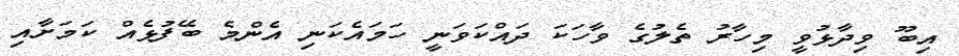
އިބޫ ވިދާޅުވީ މިހާރު ތެލުގެ ވާހަކަ ދައްކަވަނީ ހަމައެކަނި އެންމެ ބޭފުޅެއް ކަމަށާއި